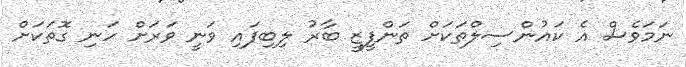
ނަމަވެސް އެ ކައުންސިލްތަކަށް ތަންފީޒީ ބާރު ލިބިފައި ވަނީ ވަރަށް ހަނި ގޮތަކަށް